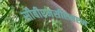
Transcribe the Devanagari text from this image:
सीबीएमसीएमएम